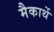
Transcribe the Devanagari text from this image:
मैकार्थे